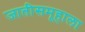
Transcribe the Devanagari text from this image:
जातीसमूहाला